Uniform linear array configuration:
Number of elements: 24
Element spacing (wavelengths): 0.25
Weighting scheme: exponential
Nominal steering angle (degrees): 60
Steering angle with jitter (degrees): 61.098
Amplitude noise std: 0.05
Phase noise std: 0.05

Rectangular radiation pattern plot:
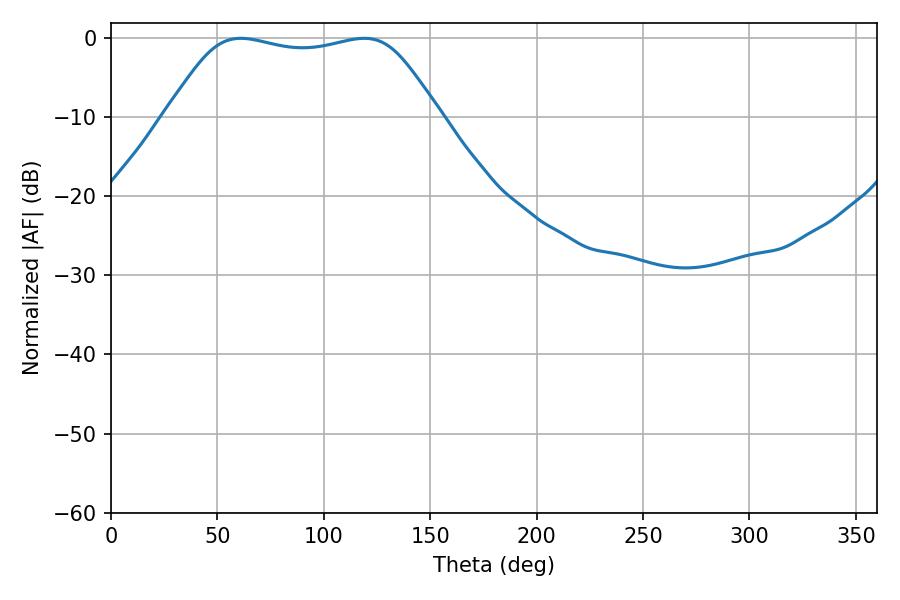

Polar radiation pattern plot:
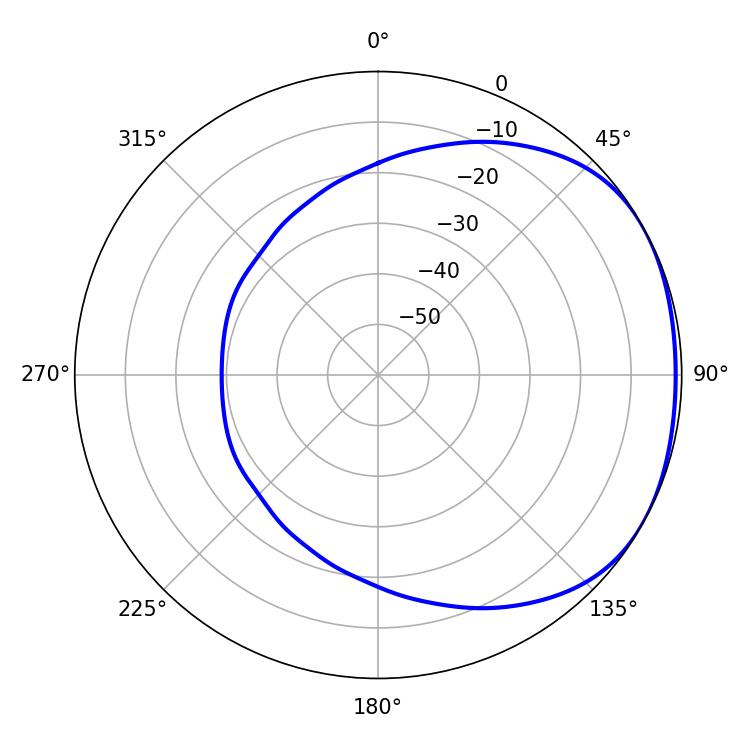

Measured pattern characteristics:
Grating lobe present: FALSE
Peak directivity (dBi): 1.639
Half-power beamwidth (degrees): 96.48
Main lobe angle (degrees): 61.02